Language: tamil
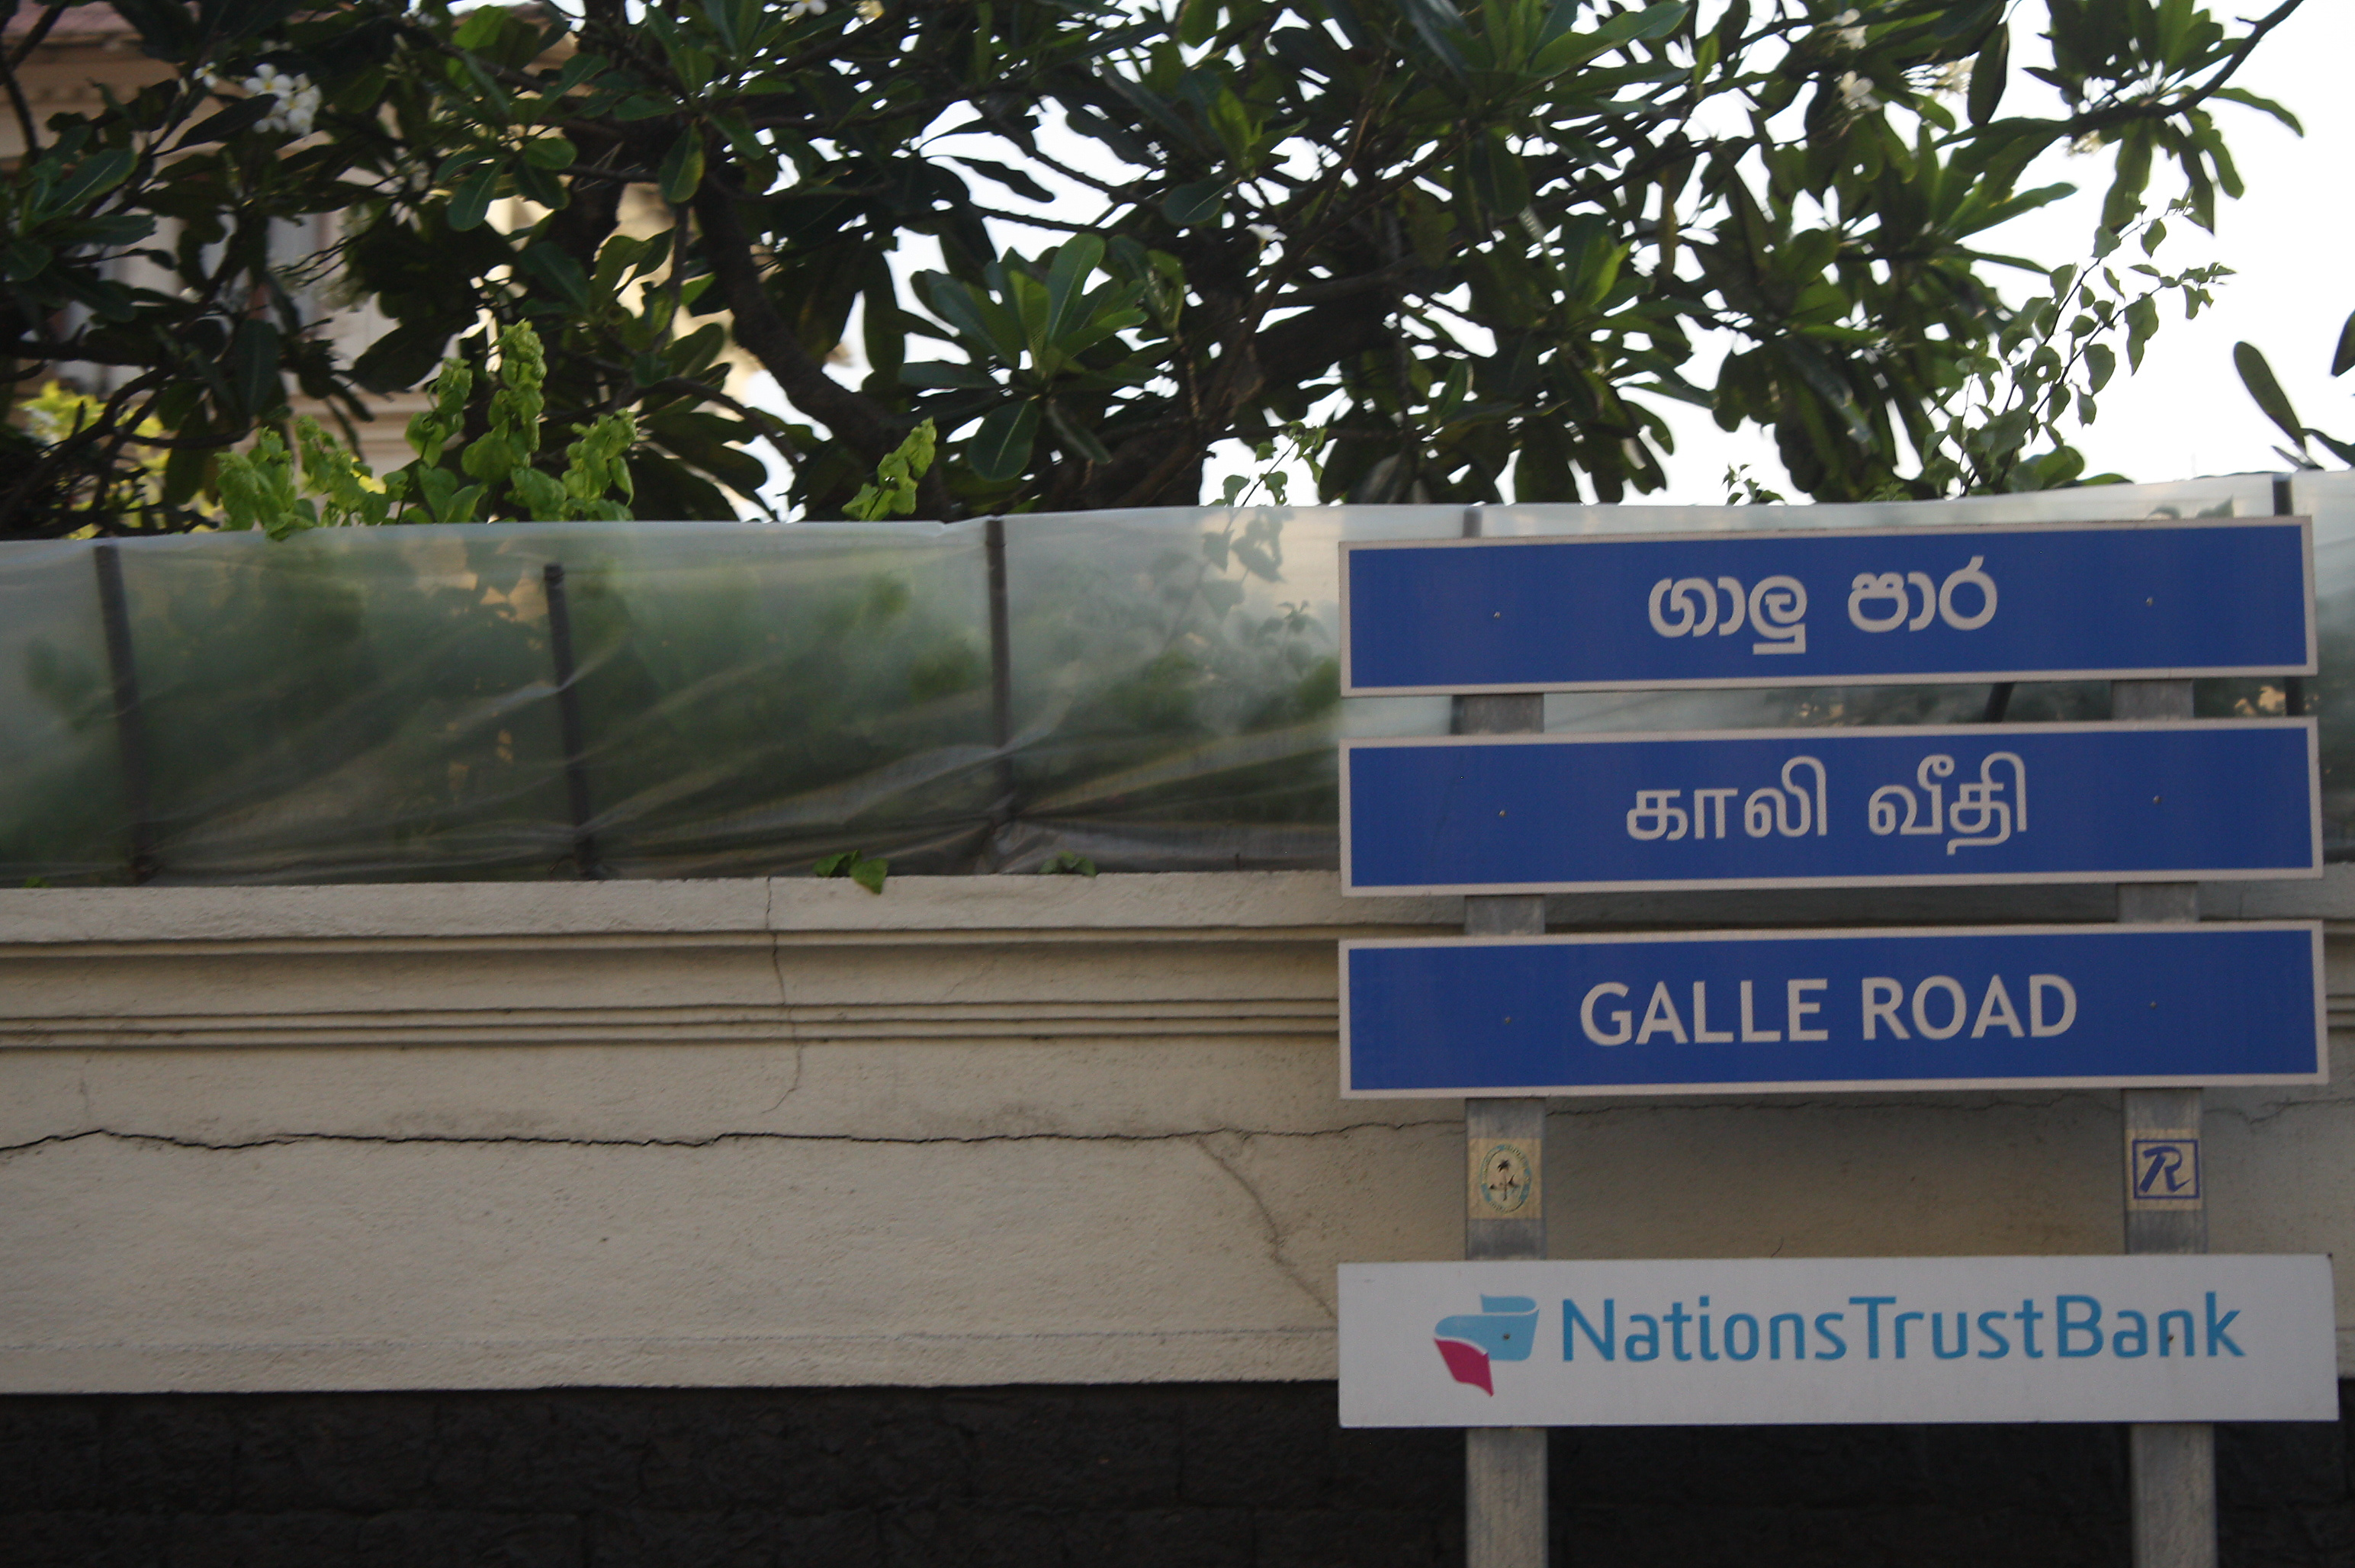
Transcription: காலி வீதி